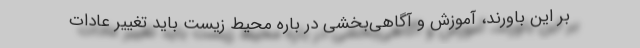
بر این باورند، آموزش و آگاهی‌بخشی در باره محیط زیست باید تغییر عادات